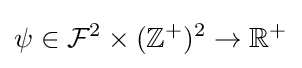
\psi \in {\mathcal {F}}^{2}\times (\mathbb {Z} ^{+})^{2}\to \mathbb {R} ^{+}